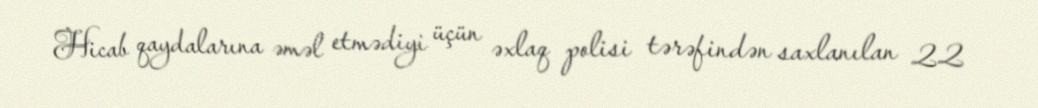
Hicab qaydalarına əməl etmədiyi üçün əxlaq polisi tərəfindən saxlanılan 22